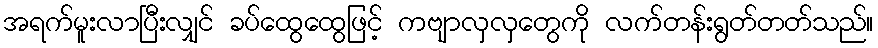
အရက်မူးလာပြီးလျှင် ခပ်ထွေထွေဖြင့် ကဗျာလှလှတွေကို လက်တန်းရွတ်တတ်သည်။